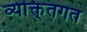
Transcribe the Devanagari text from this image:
व्यक्ति्तगत